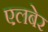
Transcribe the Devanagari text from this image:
एलबेर